Leaving Certificate Examination (including Day School Certificate (Higher) General paper), 1929
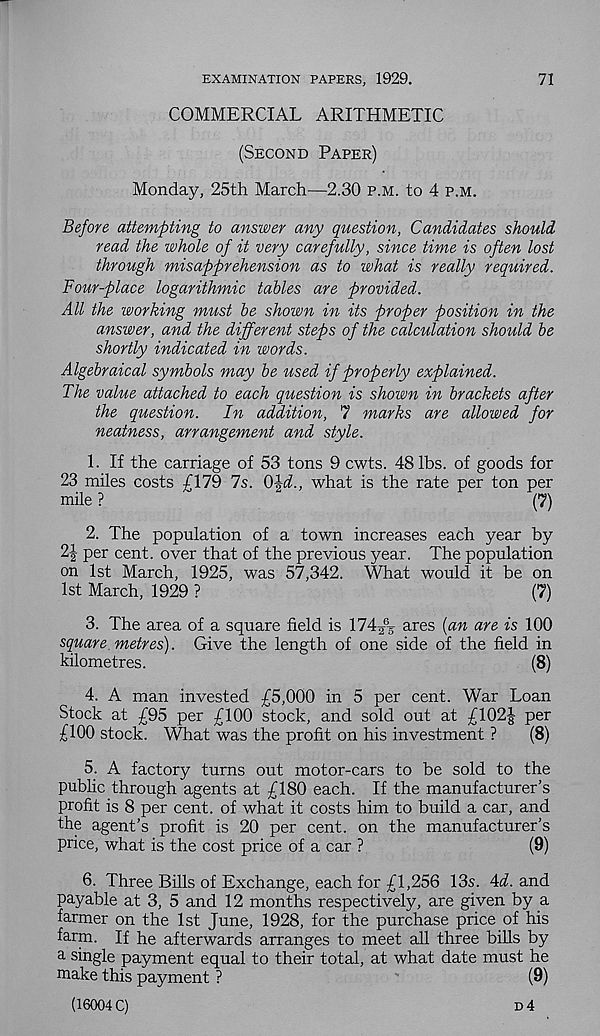
EXAMINATION PAPERS, 1929.
COMMERCIAL ARITHMETIC
71
(Second Paper)
Monday, 25th March—2.30 p.m. to 4 p.m.
Before attempting to answer any question, Candidates should
read the whole of it very carefully, since time is often lost
through misapprehension as to what is really required.
Four-place logarithmic tables are provided.
All the working must be shown in its proper position in the
answer, and the different steps of the calculation should be
shortly indicated in words.
Algebraical symbols may be used if properly explained.
The value attached to each question is shown in brackets after
the question.
In addition, 7 marks are allowed for
neatness, arrangement and style.
1. If the carriage of 53 tons 9 cwts. 48 lbs. of goods for
23 miles costs £179 Is. 0\d., what is the rate per ton per
mile ?
(7)
2. The population of a town increases each year by
2| per cent, over that of the previous year. The population
on 1st March, 1925, was 57,342. What would it be on
1st March, 1929 ?
(7)
3. The area of a square field is 174T5 ares {an are is 100
square, metres). Give the length of one side of the field in
kilometres.
(8)
4. A man invested £5,000 in 5 per cent. War Loan
Stock at £95 per £100 stock, and sold out at £102| per
£100 stock. What was the profit on his investment ?
(8)
5. A factory turns out motor-cars to be sold to the
public through agents at £180 each. If the manufacturer’s
profit is 8 per cent, of what it costs him to build a car, and
the agent’s profit is 20 per cent, on the manufacturer’s
price, what is the cost price of a car ?
(9)
6. Three Bills of Exchange, each for £1,256 13s. 4i. and
payable at 3, 5 and 12 months respectively, are given by a
farmer on the 1st June, 1928, for the purchase price of his
farm. If he afterwards arranges to meet all three bills by
a single payment equal to their total, at what date must he
make this payment ?
(9)
(16004 C)
d4